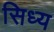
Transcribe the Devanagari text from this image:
सिध्य